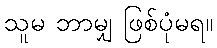
သူမ ဘာမျှ ဖြစ်ပုံမရ။